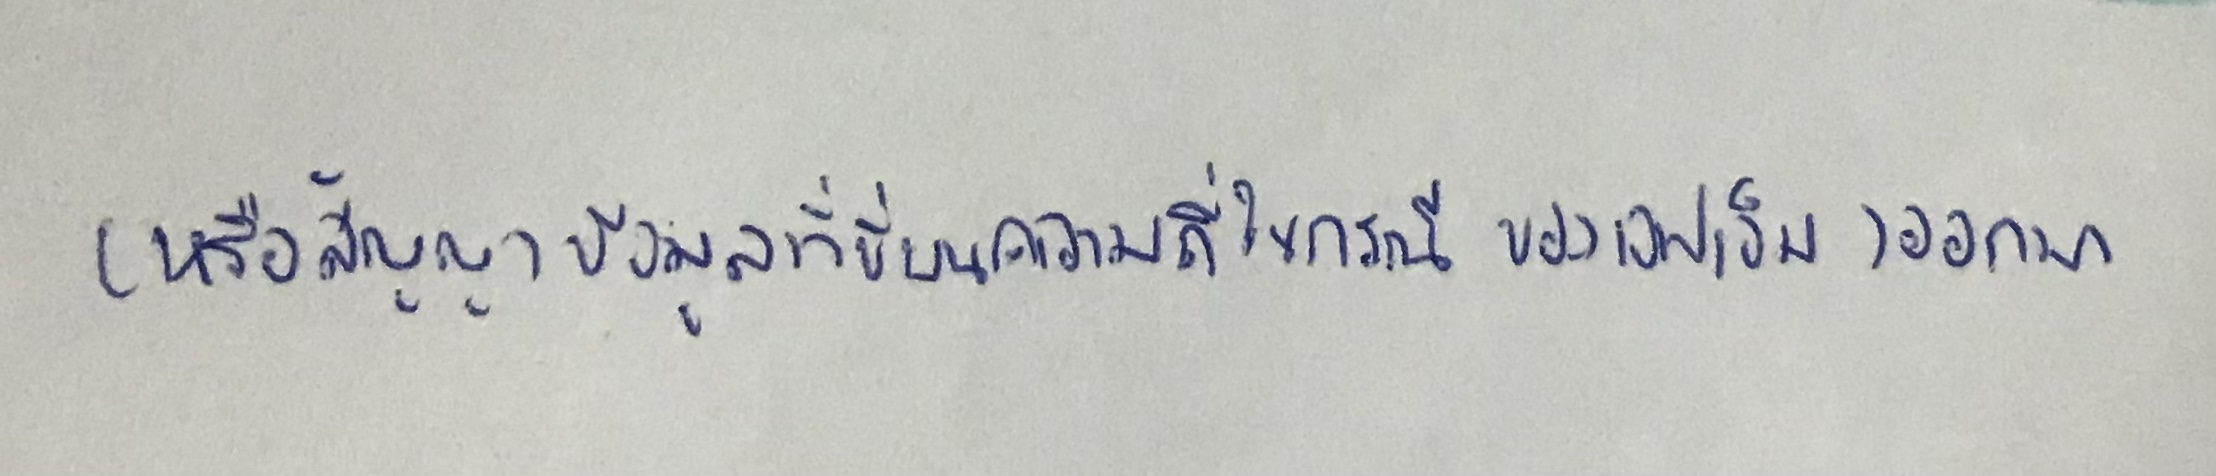
(หรือสัญญาณข้อมูลที่ขี่บนความถี่ในกรณีของเอฟเอ็ม)ออกมา